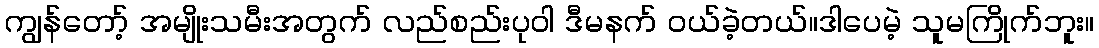
ကျွန်တော့် အမျိုးသမီးအတွက် လည်စည်းပုဝါ ဒီမနက် ဝယ်ခဲ့တယ်။ဒါပေမဲ့ သူမကြိုက်ဘူး။